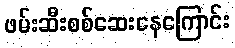
ဖမ်းဆီးစစ်ဆေးနေကြောင်း